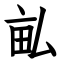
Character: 畆